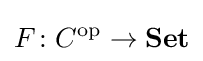
F\colon C^{\mathrm {op} }\to \mathbf {Set}